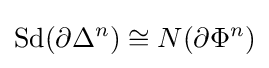
\operatorname {Sd} (\partial \Delta ^{n})\cong N(\partial \Phi ^{n})